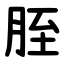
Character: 胵